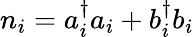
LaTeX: n_{i}=a_{i}^{\dagger}a_{i}+b_{i}^{\dagger}b_{i}